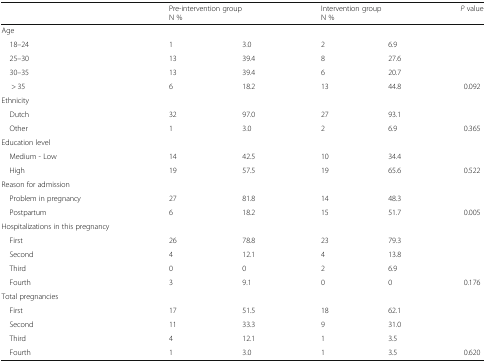
|  |  | <COLSPAN=2> Pre-intervention groupN % | <COLSPAN=2> Intervention groupN % | P value |
 | --- | --- | --- | --- | --- | --- | --- |
 | <COLSPAN=7> Age |
 | 18–24 |  | 1 | 3.0 | 2 | 6.9 |  |
 | 25–30 |  | 13 | 39.4 | 8 | 27.6 |  |
 | 30–35 |  | 13 | 39.4 | 6 | 20.7 |  |
 | > 35 |  | 6 | 18.2 | 13 | 44.8 | 0.092 |
 | <COLSPAN=7> Ethnicity |
 | Dutch |  | 32 | 97.0 | 27 | 93.1 |  |
 | Other |  | 1 | 3.0 | 2 | 6.9 | 0.365 |
 | Education level |  |  |  |  |  |  |
 | Medium - Low |  | 14 | 42.5 | 10 | 34.4 |  |
 | High |  | 19 | 57.5 | 19 | 65.6 | 0.522 |
 | <COLSPAN=7> Reason for admission |
 | Problem in pregnancy |  | 27 | 81.8 | 14 | 48.3 |  |
 | Postpartum |  | 6 | 18.2 | 15 | 51.7 | 0.005 |
 | <COLSPAN=7> Hospitalizations in this pregnancy |
 | First |  | 26 | 78.8 | 23 | 79.3 |  |
 | Second |  | 4 | 12.1 | 4 | 13.8 |  |
 | Third |  | 0 | 0 | 2 | 6.9 |  |
 | Fourth |  | 3 | 9.1 | 0 | 0 | 0.176 |
 | Total pregnancies |  |  |  |  |  |  |
 | First |  | 17 | 51.5 | 18 | 62.1 |  |
 | Second |  | 11 | 33.3 | 9 | 31.0 |  |
 | Third |  | 4 | 12.1 | 1 | 3.5 |  |
 | Fourth |  | 1 | 3.0 | 1 | 3.5 | 0.620 |